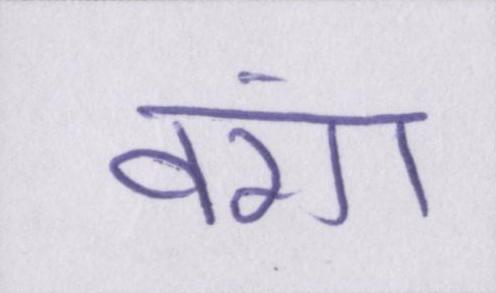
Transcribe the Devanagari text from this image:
वंश